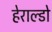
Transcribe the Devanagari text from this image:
हेराल्डो